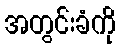
အတွင်းခံကို